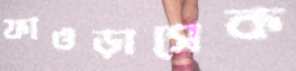
ফাওড়াসেক